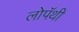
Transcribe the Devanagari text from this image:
लोपॅथी